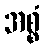
အစ္စံ